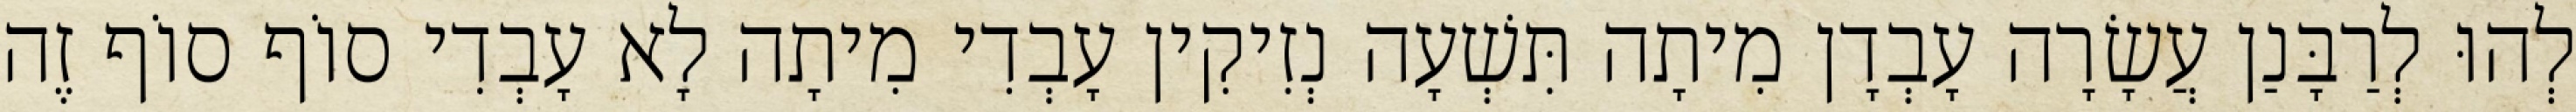
לְהוּ לְרַבָּנַן עֲשָׂרָה עָבְדָן מִיתָה תִּשְׁעָה נְזִיקִין עָבְדִי מִיתָה לָא עָבְדִי סוֹף סוֹף זֶה